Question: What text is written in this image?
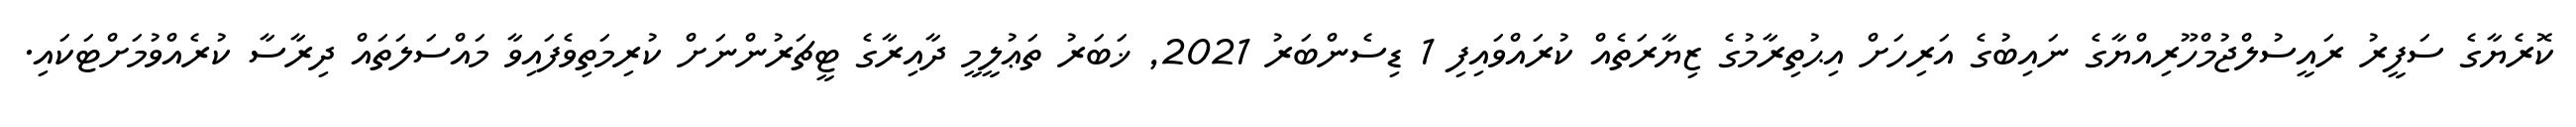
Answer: ކޮރެޔާގެ ސަފީރު ރައީސުލްޖުމްހޫރިއްޔާގެ ނައިބުގެ އަރިހަށް އިޙުތިރާމުގެ ޒިޔާރަތެއް ކުރައްވައިފި 1 ޑިސެންބަރު 2021, ޚަބަރު ތަޢުލީމީ ދާއިރާގެ ޓީޗަރުންނަށް ކުރިމަތިވެފައިވާ މައްސަލަތައް ދިރާސާ ކުރެއްވުމަށްޓަކައި.